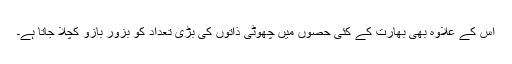
اس کے علاوہ بھی بھارت کے کئی حصوں میں چھوٹی ذاتوں کی بڑی تعداد کو بزور بازو کچلا جاتا ہے۔